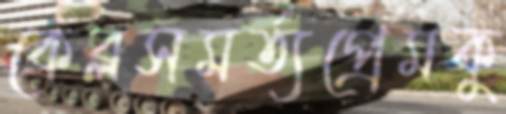
কেব্লসমর্ত্যপ্রেমকু